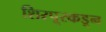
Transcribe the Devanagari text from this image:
शिरपूरकडून